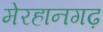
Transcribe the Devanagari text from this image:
मेरहानगढ़